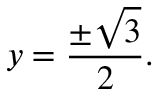
y = { \frac { \pm { \sqrt { 3 } } } { 2 } } .